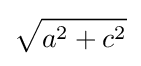
{\sqrt {a^{2}+c^{2}}}